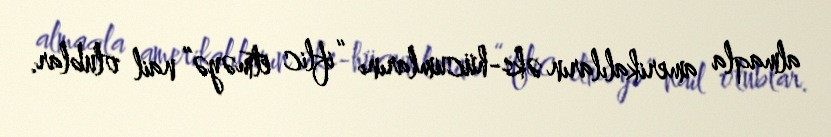
almaqla amerikalıların əks-hücumlarını “iflic etməyə” nail olublar.